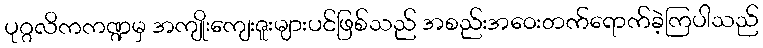
ပုဂ္ဂလိကကဏ္ဍမှ အကျိုးကျေးဇူးများပင်ဖြစ်သည် အစည်းအဝေးတက်ရောက်ခဲ့ကြပါသည်